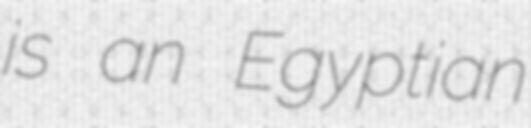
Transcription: is an Egyptian